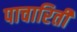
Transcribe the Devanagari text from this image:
पाचारिती